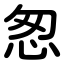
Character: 怱